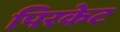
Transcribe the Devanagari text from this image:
पिरकेट